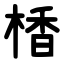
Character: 楿